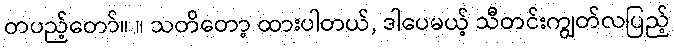
တပည့်တော်။ ။ သတိတော့ ထားပါတယ်, ဒါပေမယ့် သီတင်းကျွတ်လပြည့်